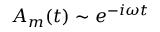
A _ { m } ( t ) \sim e ^ { - i \omega t }